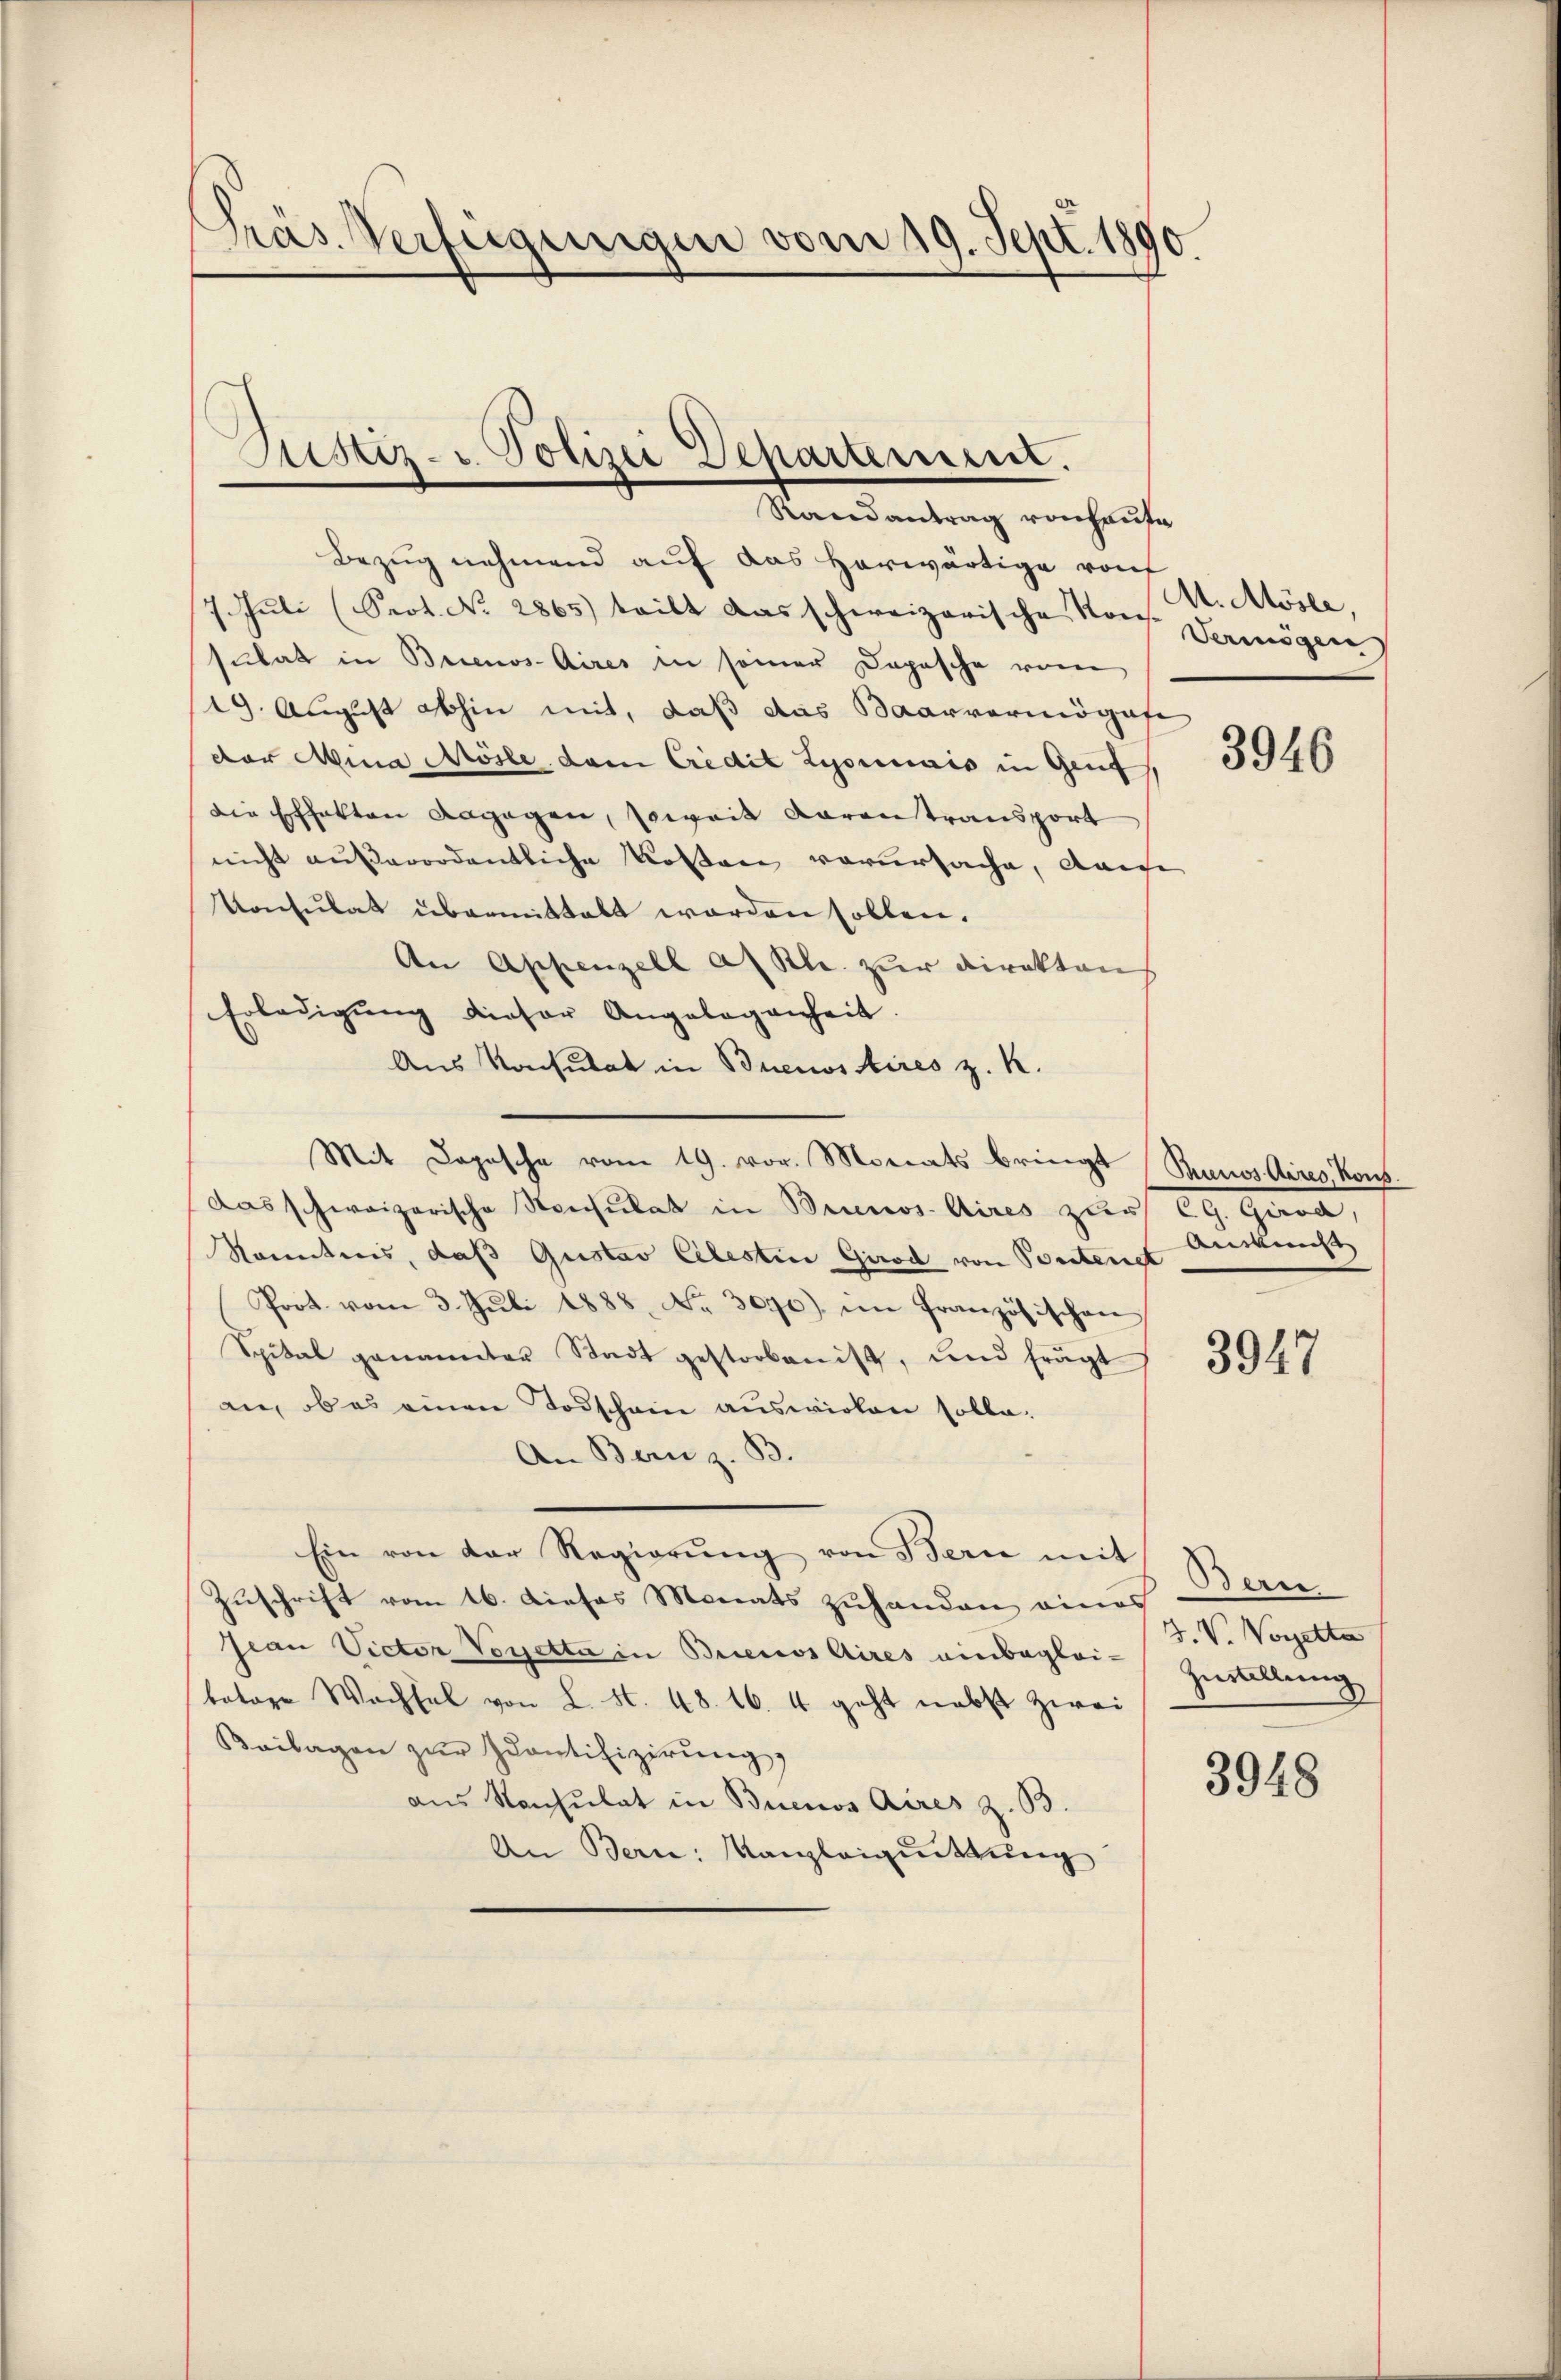
Präs. Verfügungen vom 19. Sept. 1890.

Bezug nehmend auf das herwärtige von
7. Juli (Prot. No 2865) teilt das schweizerische Nord. Damögen
sulat in Buenos-Aires in seiner Dopische vom
19. August abhin mit, daß das Baarvermögofe
der Mina Mösle dem Credit Lyonnais in Genf,
die Erhalten angegen, soweit Karantransport
nicht außerordentliche Kosten verursache, dane
Konsulat übermittalt worden sollen.
An Appenzell an Kl. zur Direktens
Erledigŭng dieser Angelegenheit.
Aus Konsulat in Buenos Aires z. K.
Mit Dopische vom 19. vor. Monats bringt (Buenos Aires Kons
das schweizerische Konsulat in Brunos Aires zur CG. Gara,
Kenntnis, daß Gustav Celestin Girod von Pontenst
Prot. vom 3. Jŭli 1888 Nr. 3090) im französischen
Spital genannten Stadt gestorben ist, und frägt
an, ob es einen Todschein auswirken solle.
An Bern z. B.
Ein von der Regierŭng von Bern mit
Zuschrift vom 16. Dieses Monats zuhanden eines
Jean Victor Vorjetta in Brienos Aires einbegleibatare Wachsel von L. S. 48. 16. 4 geht nebst zwei
Beilagen zŭr Quantifizierung,
aus Konsulat in Buenos Aires z. B.
An Bern: Kanzleiguittung

Justiz- Polizei Departement.
Randantrag von heute

M. Möser,

3946

Anwüns

3947

Bern
J. V. Voretta
Zustellung

3948